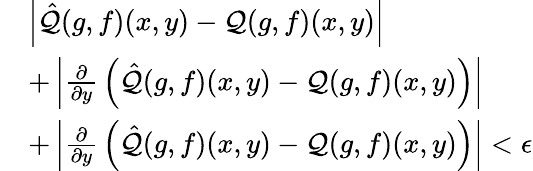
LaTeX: \begin{array}{rl}&{\left|\hat{\cal Q}(g,f)(x,y)-{\cal Q}(g,f)(x,y)\right|}\\ &{+\left|{\frac{\partial}{\partial y}}\left(\hat{\cal Q}(g,f)(x,y)-{\cal Q}(g,f)(x,y)\right)\right|}\\ &{+\left|{\frac{\partial}{\partial y}}\left(\hat{\cal Q}(g,f)(x,y)-{\cal Q}(g,f)(x,y)\right)\right|<\epsilon}\end{array}